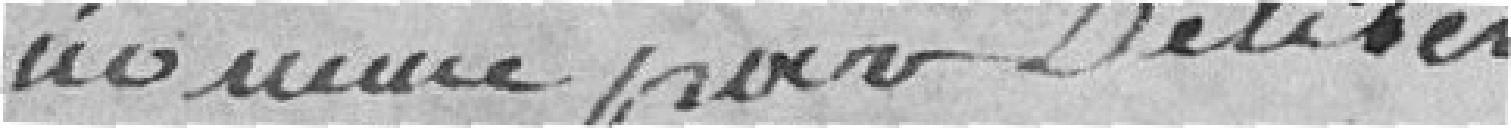
nommé pour délibération